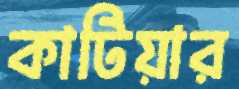
কাটিয়ার